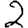
Digit: 2